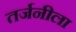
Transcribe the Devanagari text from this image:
तर्जनीला